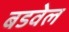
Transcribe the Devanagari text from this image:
बडवेल